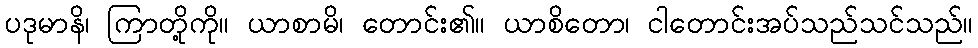
ပဒုမာနိ၊ ကြာတို့ကို။ ယာစာမိ၊ တောင်း၏။ ယာစိတော၊ ငါတောင်းအပ်သည်သင်သည်။